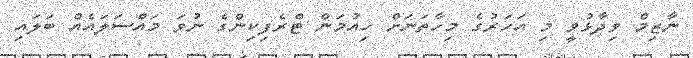
ނާޒިމް ވިދާޅުވީ މި އަހަރުގެ މިހާތަނަށް ހިއުމަން ޓްރެފިކިންގެ ނުވަ މައްސަލައެއް ބަލައި